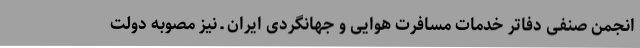
انجمن صنفی دفاتر خدمات مسافرت هوایی و جهانگردی ایران ـ نیز مصوبه دولت